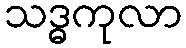
သဒ္ဓကုလာ